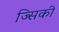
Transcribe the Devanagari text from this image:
ज्सिकी